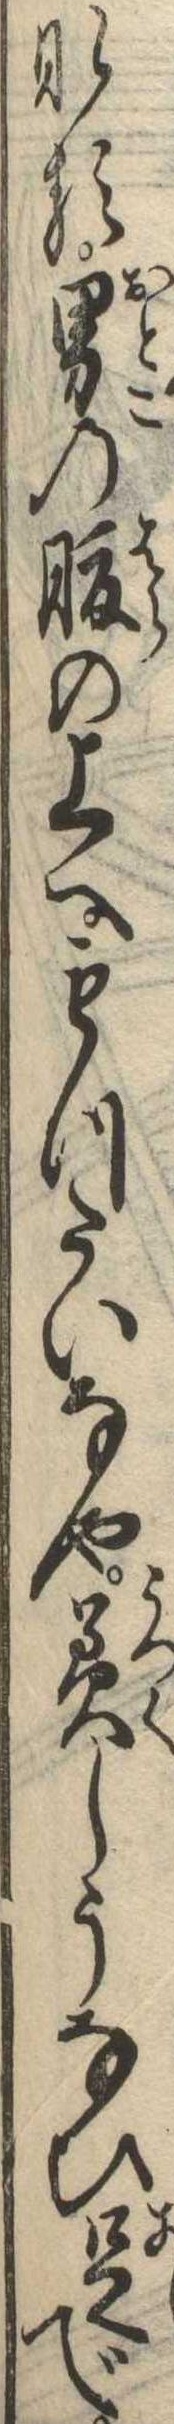
なる男の腹の上へもつたいなや美しうなひ足で